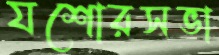
যশোরসভা